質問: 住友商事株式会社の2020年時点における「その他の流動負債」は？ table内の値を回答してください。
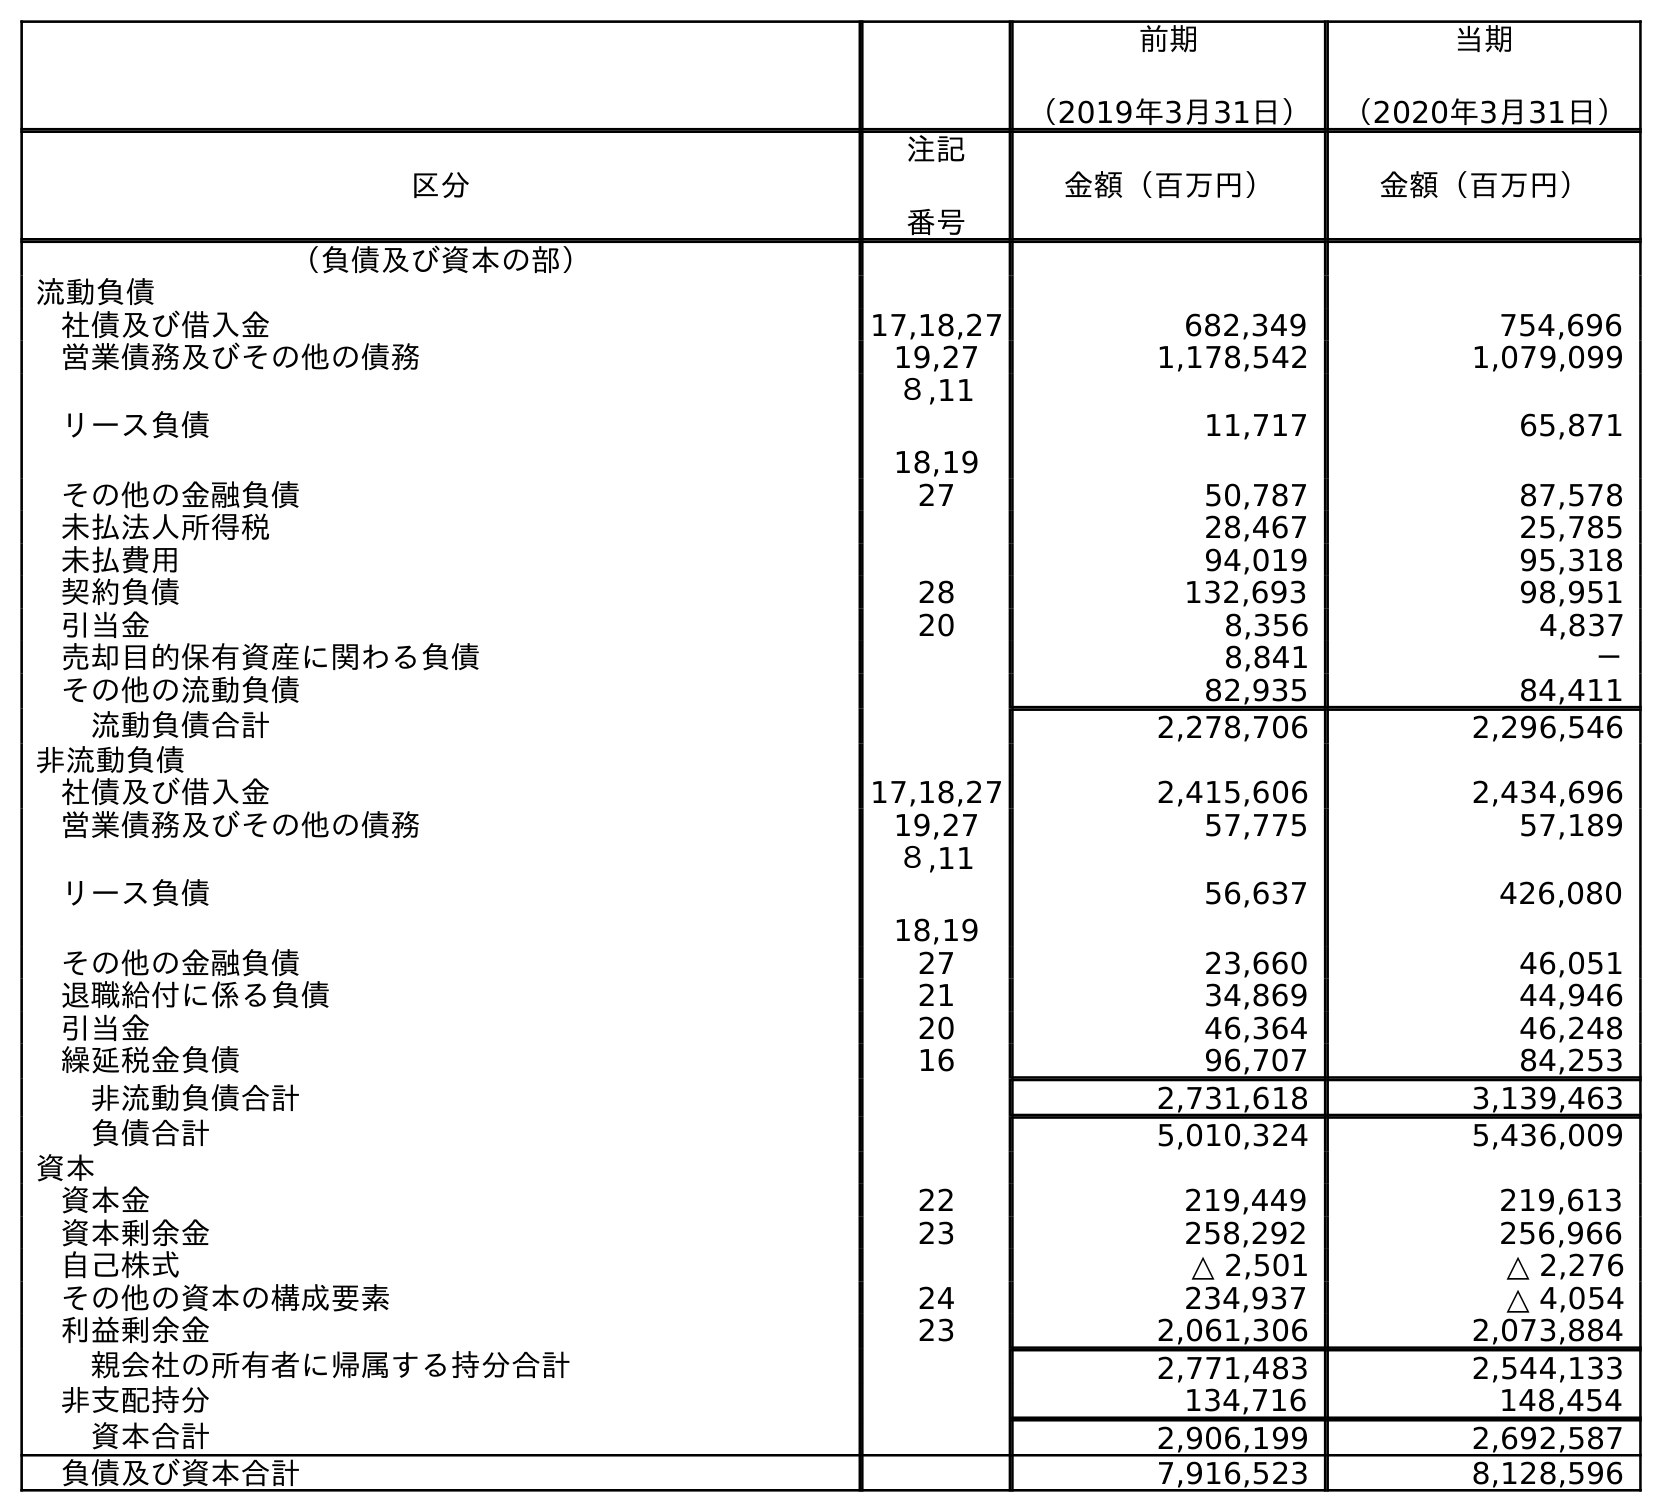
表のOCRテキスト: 前期 （2019年3月31日） 当期 （2020年3月31日） 区分 注記 番号 金額（百万円） 金額（百万円） （負債及び資本の部） 流動負債 社債及び借入金 17,18,27 682,349 754,696 営業債務及びその他の債務 19,27 1,178,542 1,079,099 リース負債 ８,11 18,19 11,717 65,871 その他の金融負債 27 50,787 87,578 未払法人所得税 28,467 25,785 未払費用 94,019 95,318 契約負債 28 132,693 98,951 引当金 20 8,356 4,837 売却目的保有資産に関わる負債 8,841 － その他の流動負債 82,935 84,411 流動負債合計 2,278,706 2,296,546 非流動負債 社債及び借入金 17,18,27 2,415,606 2,434,696 営業債務及びその他の債務 19,27 57,775 57,189 リース負債 ８,11 18,19 56,637 426,080 その他の金融負債 27 23,660 46,051 退職給付に係る負債 21 34,869 44,946 引当金 20 46,364 46,248 繰延税金負債 16 96,707 84,253 非流動負債合計 2,731,618 3,139,463 負債合計 5,010,324 5,436,009 資本 資本金 22 219,449 219,613 資本剰余金 23 258,292 256,966 自己株式 △ 2,501 △ 2,276 その他の資本の構成要素 24 234,937 △ 4,054 利益剰余金 23 2,061,306 2,073,884 親会社の所有者に帰属する持分合計 2,771,483 2,544,133 非支配持分 134,716 148,454 資本合計 2,906,199 2,692,587 負債及び資本合計 7,916,523 8,128,596
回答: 84,411